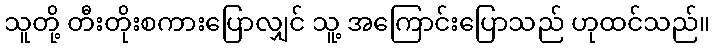
သူတို့ တီးတိုးစကားပြောလျှင် သူ့ အကြောင်းပြောသည် ဟုထင်သည်။